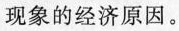
现象的“济原因。